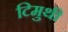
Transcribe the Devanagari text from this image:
टिमुथी